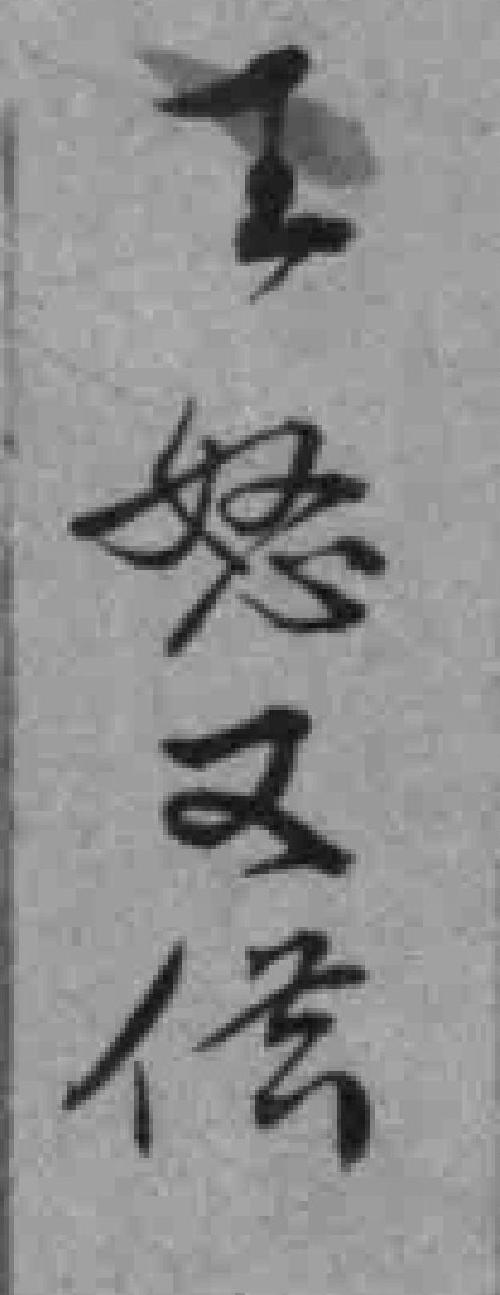
王怒又供